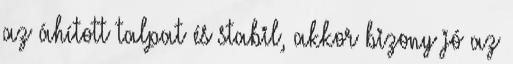
az áhított talpat és stabil, akkor bizony jó az